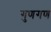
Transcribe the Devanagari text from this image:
गुणगण